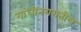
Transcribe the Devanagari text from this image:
गांधीनगरातील